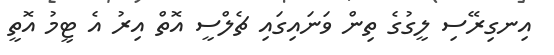
އިނގިރޭސި ލީގުގެ ތިން ވަނައިގައި ޗެލްސީ އޮތް އިރު އެ ޓީމު އޮތީ